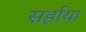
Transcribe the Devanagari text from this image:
सर्हाया